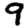
Digit: 9